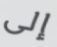
إلى